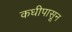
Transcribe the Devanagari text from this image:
कधीपासून